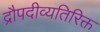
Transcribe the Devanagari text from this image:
द्रौपदीव्यतिरिक्त